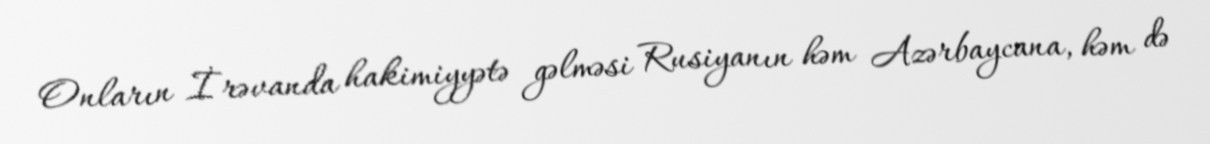
Onların İrəvanda hakimiyyətə gəlməsi Rusiyanın həm Azərbaycana, həm də